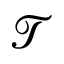
\mathcal { T }